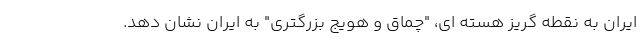
ایران به نقطه گریز هسته ای، "چماق و هویج بزرگتری" به ایران نشان دهد.